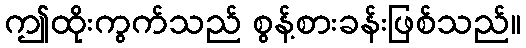
ဤထိုးကွက်သည် စွန့်စားခန်းဖြစ်သည်။